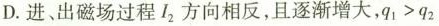
D.进、出磁场过程I_{2}方向相反，且逐渐增大，$$q 1 > q 2$$